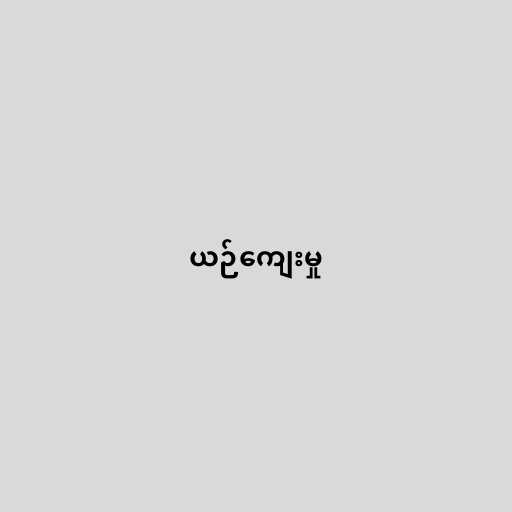
ယဉ်ကျေးမှု